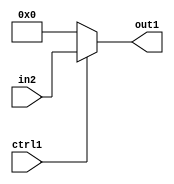
`timescale 1ps / 1ps
/*****************************************************************************
    Verilog RTL Description
    
    
    Created by: Stratus DpOpt 2019.1.01 
*******************************************************************************/

module fix2float_Muxu24i0u1_4_2 (
	in2,
	ctrl1,
	out1
	); /* architecture "behavioural" */ 
input [23:0] in2;
input  ctrl1;
output [23:0] out1;
wire [23:0] asc001;

reg [23:0] asc001_tmp_0;
assign asc001 = asc001_tmp_0;
always @ (ctrl1 or in2) begin
	case (ctrl1)
		1'B1 : asc001_tmp_0 = in2 ;
		default : asc001_tmp_0 = 24'B000000000000000000000000 ;
	endcase
end

assign out1 = asc001;
endmodule

/* CADENCE  uLX3Qw4= : u9/ySgnWtBlWxVPRXgAZ4Og= ** DO NOT EDIT THIS LINE ******/